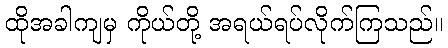
ထိုအခါကျမှ ကိုယ်တို့ အရယ်ရပ်လိုက်ကြသည်။